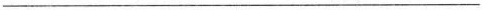
___